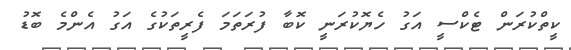
ކީތްކުރަން ޓެކްސީ އަގު ހެޔޮކުރަނީ ކޮބާ ފުރަތަމަ ފެރީތަކުގެ އަގު އެންމެ ބޮޑު